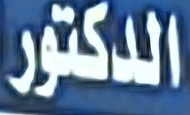
الدكتور